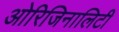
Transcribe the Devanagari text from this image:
ओरिजिनालिटी